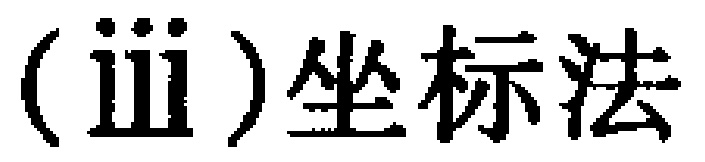
(iii)坐标法